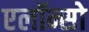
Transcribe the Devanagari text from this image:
एलॉन्सो